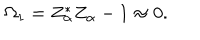
\Omega _ { 1 } = Z _ { \alpha } ^ { * } Z _ { \alpha } - 1 \approx 0 .